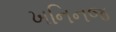
ખનિનજ